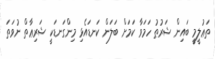
ތަޢުލީމީ ބައިން ޝަރުޠު ހަމަވާ ކަމަށް ބަލަން ކަނޑައެޅި މިންގަނޑަކީ ޝަރިޢާތް ނުވަތަ